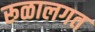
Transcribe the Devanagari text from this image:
रूळालगत